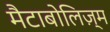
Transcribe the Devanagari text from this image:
मैटाबोलिज़्म